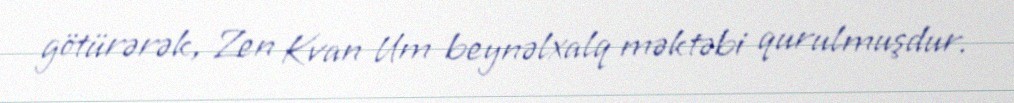
götürərək, Zen Kvan Um beynəlxalq məktəbi qurulmuşdur.